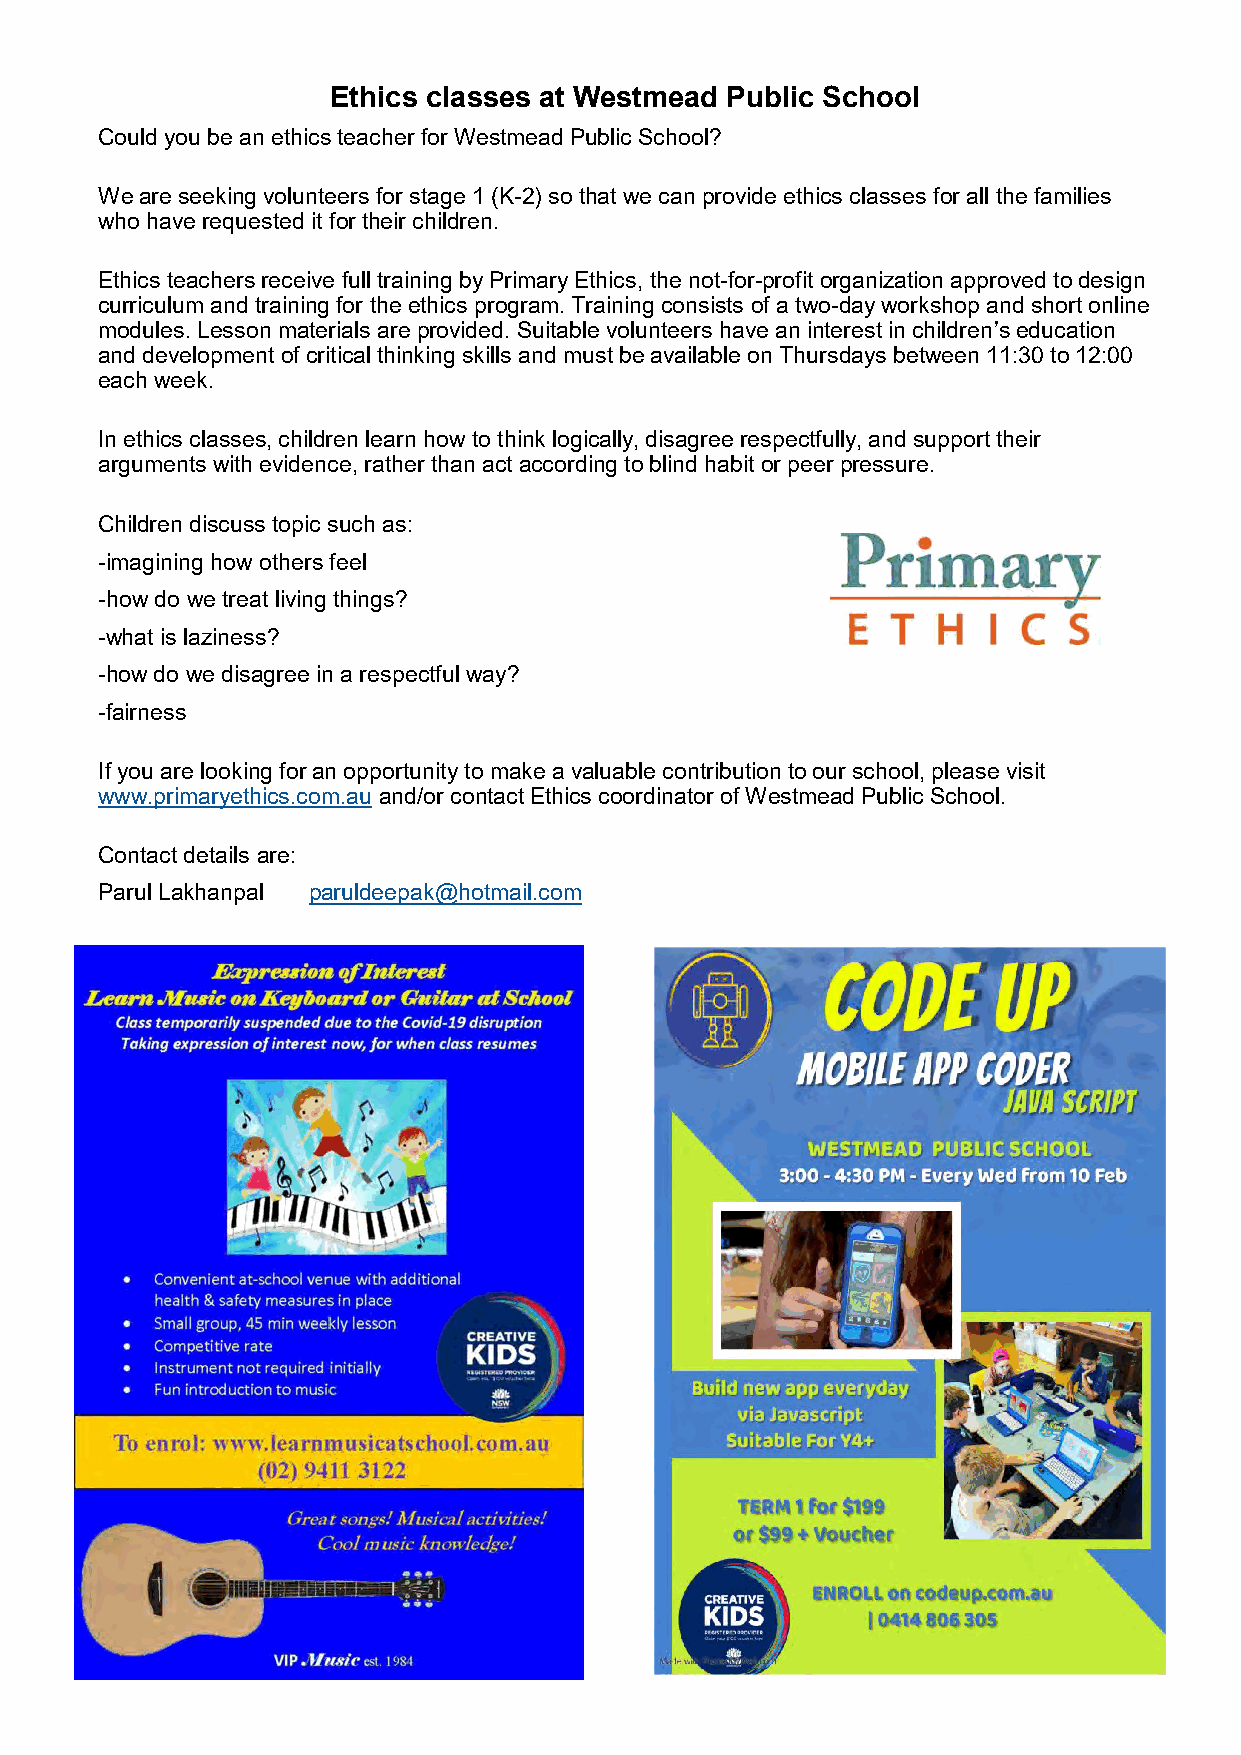
Ethics classes at Westmead Public School
 Could you be an ethics teacher for Westmead Public School?
 We are seeking volunteers for stage 1 (K-2) so that we can provide ethics classes for all the families
 who have requested it for their children.
 Ethics teachers receive full training by Primary Ethics, the not-for-profit organization approved to design
 curriculum and training for the ethics program. Training consists of a two-day workshop and short online
 modules. Lesson materials are provided. Suitable volunteers have an interest in children’s education
 and development of critical thinking skills and must be available on Thursdays between 11:30 to 12:00
 each week.
 In ethics classes, children learn how to think logically, disagree respectfully, and support their
 arguments with evidence, rather than act according to blind habit or peer pressure.
 Children discuss topic such as:
 -imagining how others feel
 -how do we treat living things?
 -what is laziness?
 -how do we disagree in a respectful way?
 -fairness
 If you are looking for an opportunity to make a valuable contribution to our school, please visit
 www.primaryethics.com.au and/or contact Ethics coordinator of Westmead Public School.
 Contact details are:
 Parul Lakhanpal paruldeepak@hotmail.com